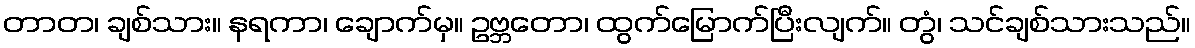
တာတ၊ ချစ်သား။ နရကာ၊ ချောက်မှ။ ဥဗ္ဘတော၊ ထွက်မြောက်ပြီးလျက်။ တွံ၊ သင်ချစ်သားသည်။